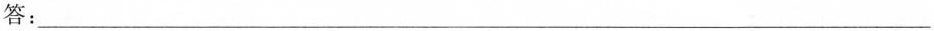
答:___